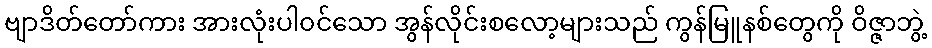
ဗျာဒိတ်တော်ကား အားလုံးပါ၀င်သော အွန်လိုင်းစလော့များသည် ကွန်မြူနစ်တွေကို ဝိဇ္ဇာဘွဲ့